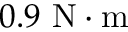
0 . 9 ~ \mathrm { N \cdot m }